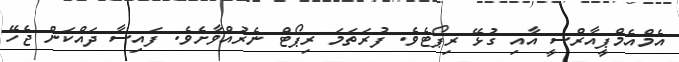
އެމްއެމްޕީއާރްސީ އާއި ގުޅޭ ރިޕޯޓެވެ. ފުރަތަމަ ރިޕޯޓް ނެރުއްވާށެވެ. ފައިސާ ދައްކަން ޖެހޭ